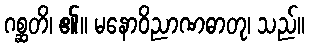
ဂစ္ဆတိ၊ ၏။ မနောဝိညာဏဓာတု၊ သည်။